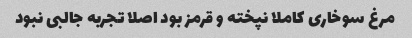
مرغ سوخاری کاملا نپخته و قرمز بود اصلا تجربه جالبی نبود